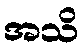
အသိ